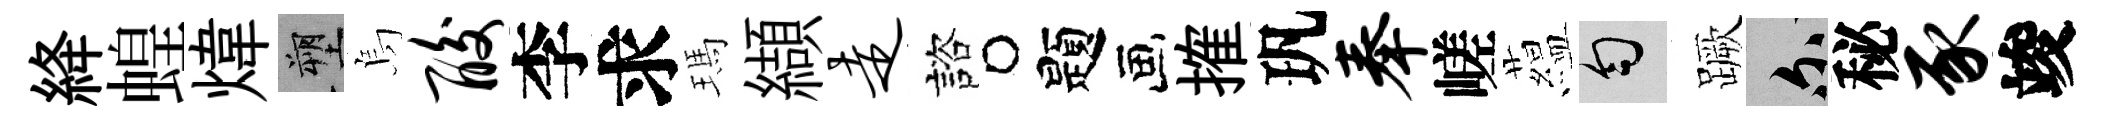
絳蝗煒塑烏酸李求瑪纈走諮题搉㺬奉嵯藴匀蹶爾秘豕竣